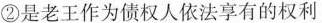
②是老王作为债权人依法享有的权利